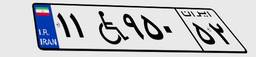
۱۱W۹۵۰۵۲